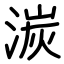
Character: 湠